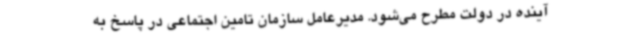
آینده در دولت مطرح می‌شود. مدیرعامل سازمان تامین اجتماعی در پاسخ به